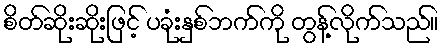
စိတ်ဆိုးဆိုးဖြင့် ပခုံးနှစ်ဘက်ကို တွန့်လိုက်သည်။